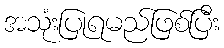
အသုံးပြုရမည်ဖြစ်ပြီး